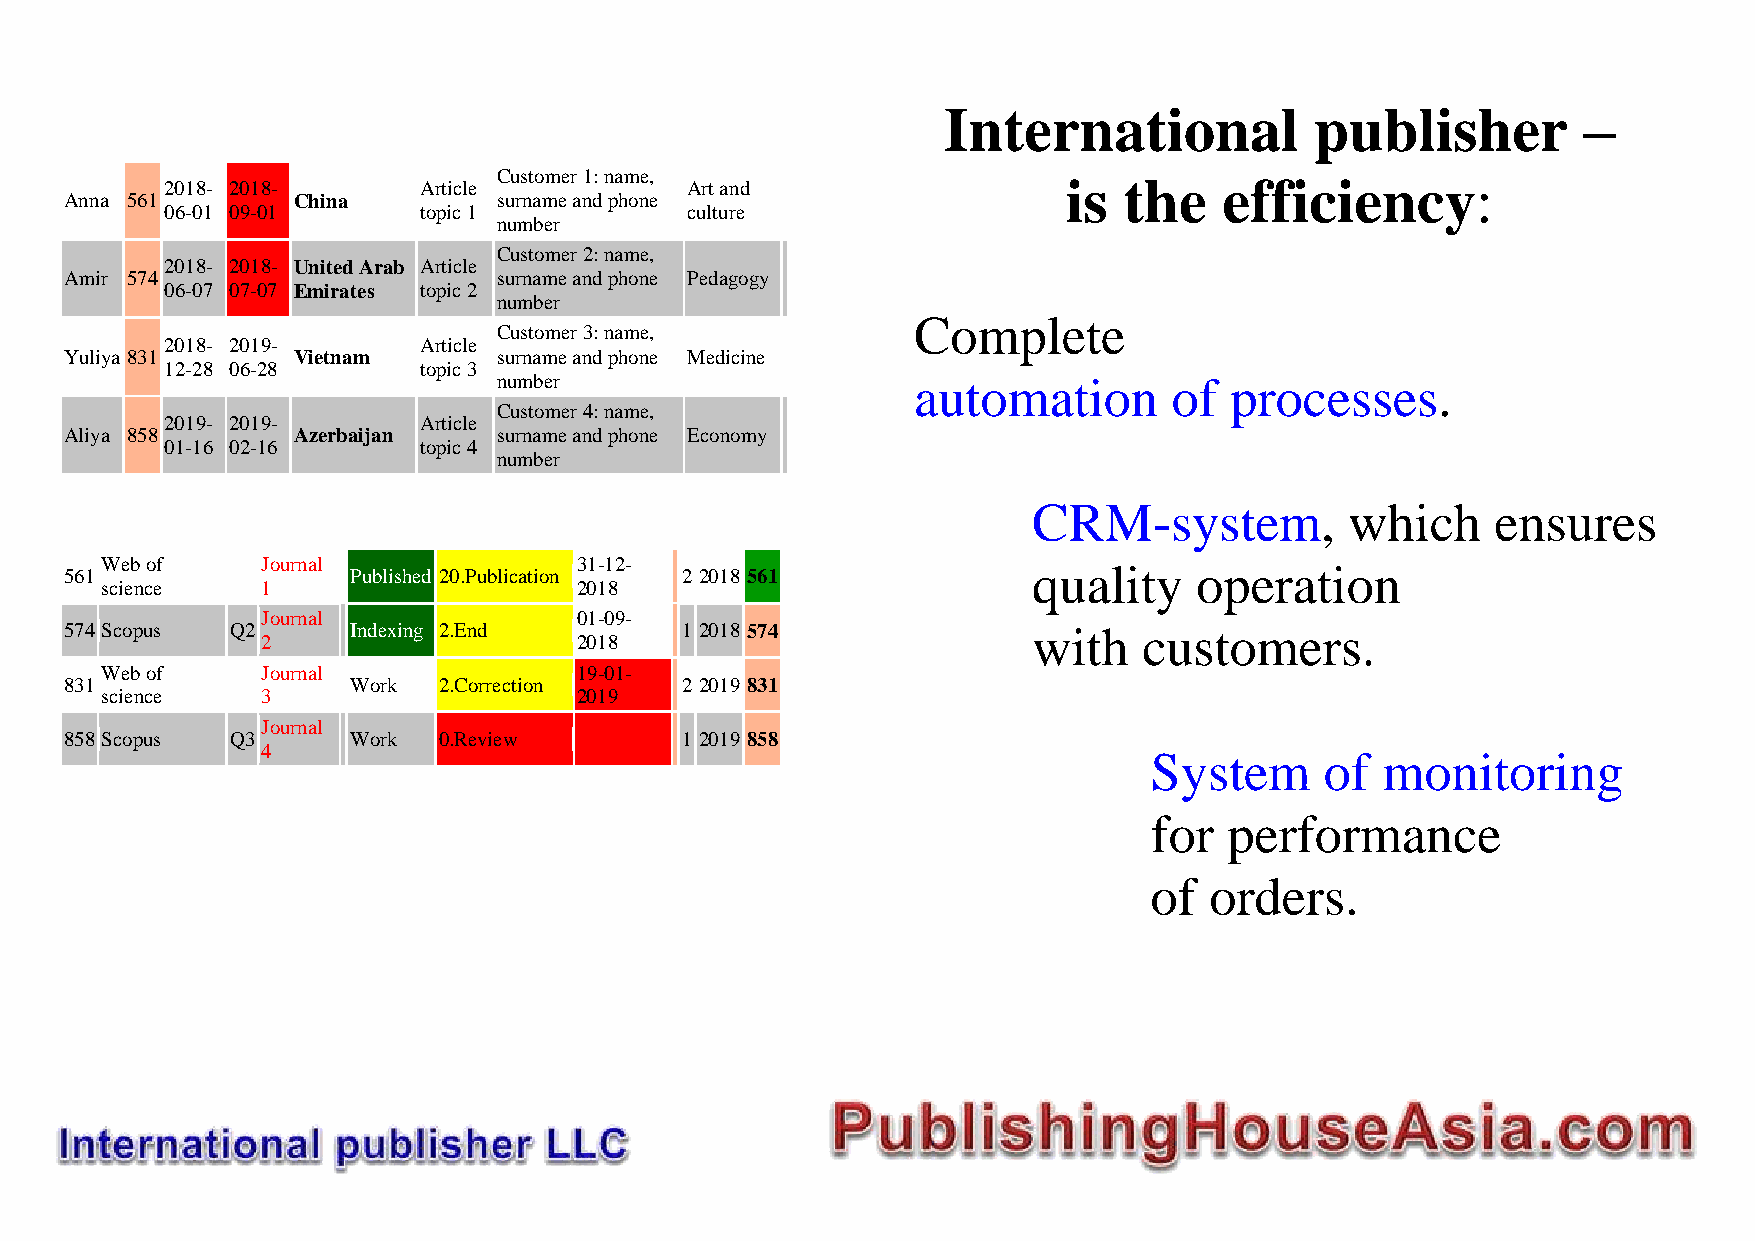
International            publisher         –
 Customer 1: name,
 2018- 2018-      Article          Art and                   is the    efficiency:
 Anna 561       China         surname and phone
 06-01 09-01      topic 1          culture
 number
 Customer 2: name,
 2018- 2018- United Arab Article
 Amir 574                     surname and phone Pedagogy
 06-07 07-07 Emirates topic 2
 number
 Complete
 Customer 3: name,
 2018- 2019-      Article
 Yuliya 831     Vietnam       surname and phone Medicine
 12-28 06-28      topic 3
 number                     automation        of processes.
 Customer 4: name,
 2019- 2019-      Article
 Aliya 858      Azerbaijan    surname and phone Economy
 01-16 02-16      topic 4
 number
 CRM-system,          which     ensures
 Web of    Journal              31-12-                        quality    operation
 561                Published 20.Publication 2 2018 561
 science   1                    2018
 Journal              01-09-
 574 Scopus Q2      Indexing 2.End        1 2018 574             with    customers.
 2                    2018
 Web of    Journal              19-01-
 831                Work  2.Correction    2 2019 831
 science   3                    2019
 Journal
 858 Scopus Q3      Work  0.Review        1 2019 858
 4                                                          System      of monitoring
 for  performance
 of  orders.